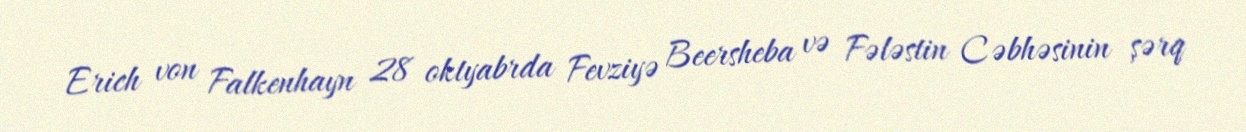
Erich von Falkenhayn 28 oktyabrda Fevziyə Beersheba və Fələstin Cəbhəsinin şərq